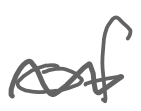
Text: of
Cross-out: wave
Writing tool: digital_gray